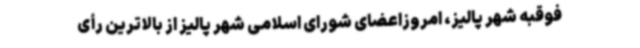
فوقبه شهر پالیز، امروزاعضای شورای اسلامی شهر پالیز از بالاترین رأی